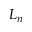
L _ { n }